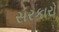
સરકારો